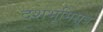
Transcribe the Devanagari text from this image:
दशभूमिसूत्र